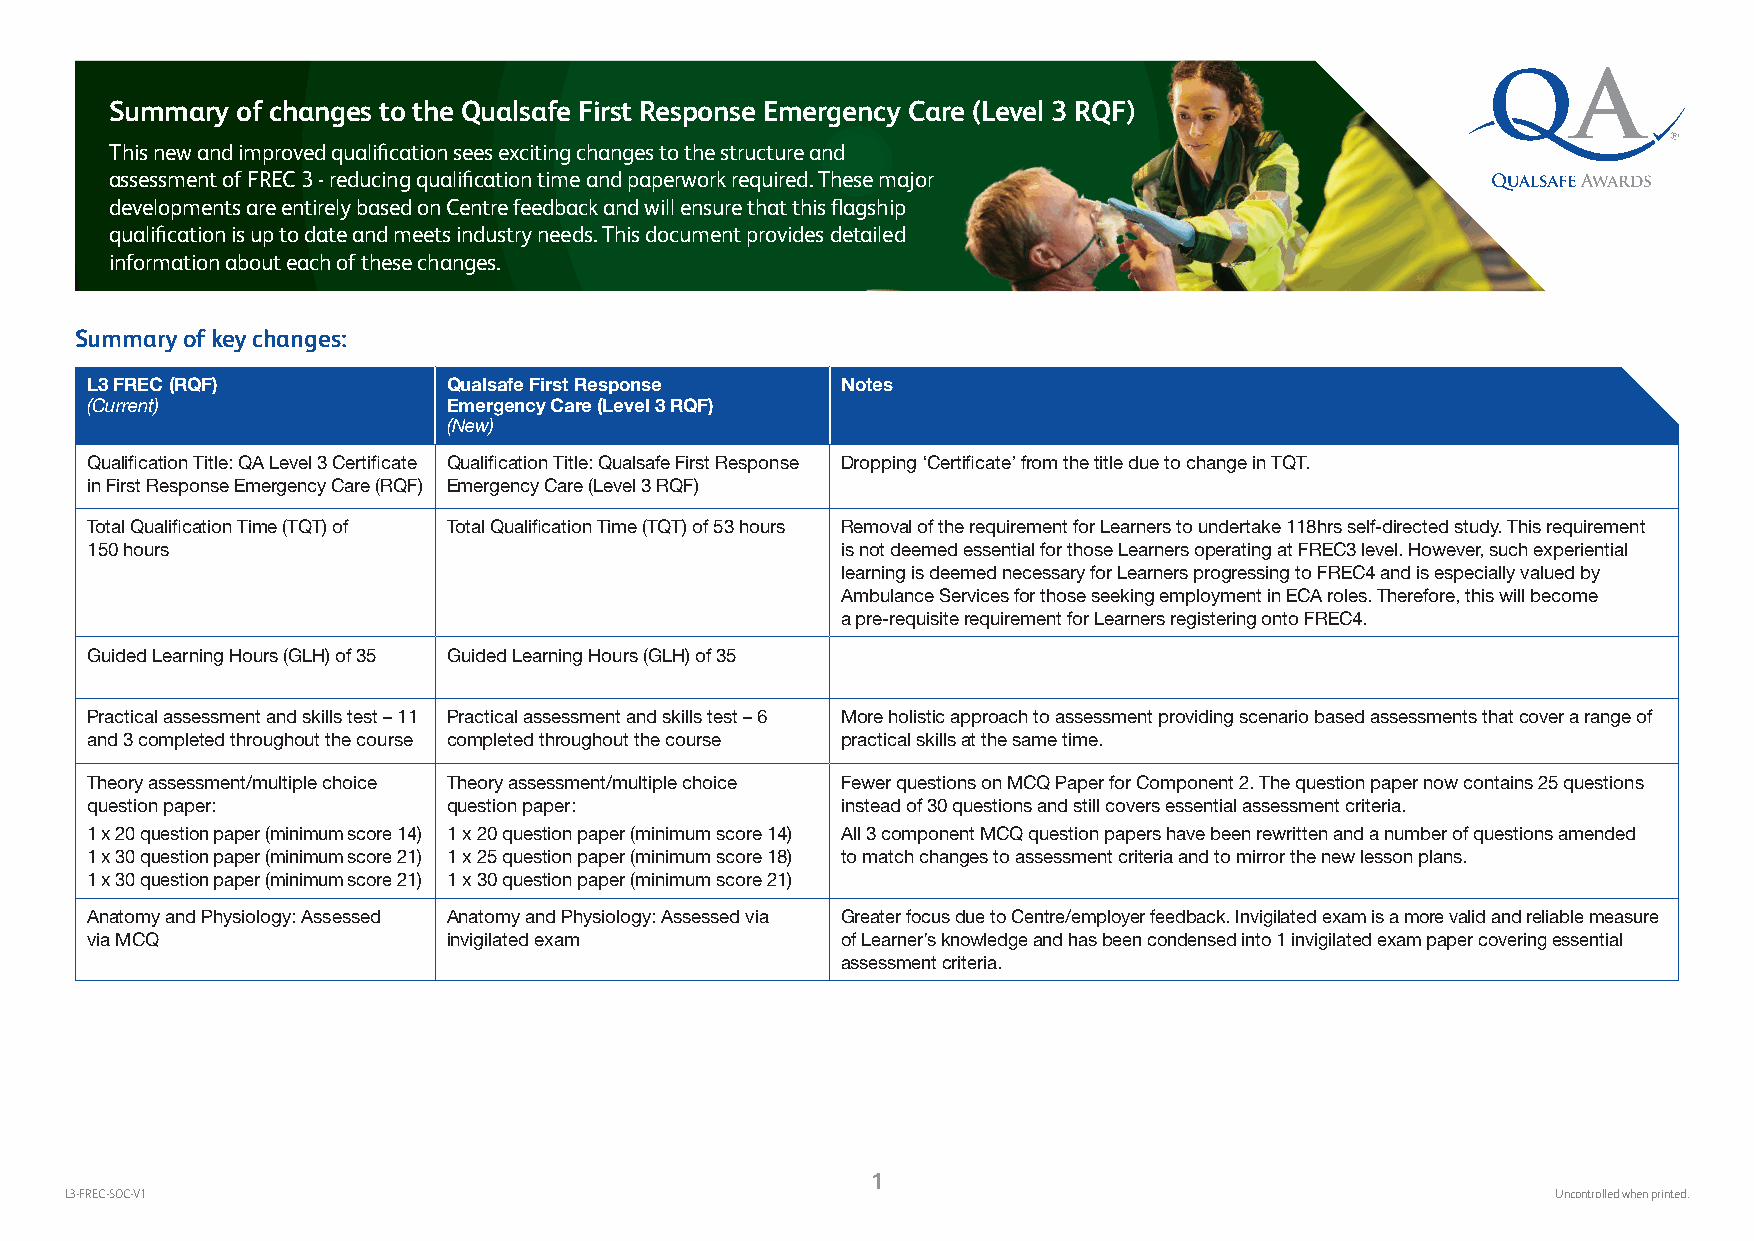
Summary  of changes to the Qualsafe First Response Emergency Care (Level 3 RQF)
 This new and improved qualification sees exciting changes to the structure and
 assessment of FREC 3 - reducing qualification time and paperwork required. These major
 developments are entirely based on Centre feedback and will ensure that this flagship
 qualification is up to date and meets industry needs. This document provides detailed
 information about each of these changes.
 Summary of key changes:
 L3 FREC (RQF)           Qualsafe First Response   Notes
 (Current)               Emergency Care (Level 3 RQF)
 (New)
 Qualification Title: QA Level 3 Certificate Qualification Title: Qualsafe First Response Dropping ‘Certificate’ from the title due to change in TQT.
 in First Response Emergency Care (RQF) Emergency Care (Level 3 RQF)
 Total Qualification Time (TQT) of Total Qualification Time (TQT) of 53 hours Removal of the requirement for Learners to undertake 118hrs self-directed study. This requirement
 150 hours                                         is not deemed essential for those Learners operating at FREC3 level. However, such experiential
 learning is deemed necessary for Learners progressing to FREC4 and is especially valued by
 Ambulance Services for those seeking employment in ECA roles. Therefore, this will become
 a pre-requisite requirement for Learners registering onto FREC4.
 Guided Learning Hours (GLH) of 35 Guided Learning Hours (GLH) of 35
 Practical assessment and skills test – 11 Practical assessment and skills test – 6 More holistic approach to assessment providing scenario based assessments that cover a range of
 and 3 completed throughout the course completed throughout the course practical skills at the same time.
 Theory assessment/multiple choice Theory assessment/multiple choice Fewer questions on MCQ Paper for Component 2. The question paper now contains 25 questions
 question paper:         question paper:           instead of 30 questions and still covers essential assessment criteria.
 1 x 20 question paper (minimum score 14) 1 x 20 question paper (minimum score 14) All 3 component MCQ question papers have been rewritten and a number of questions amended
 1 x 30 question paper (minimum score 21) 1 x 25 question paper (minimum score 18) to match changes to assessment criteria and to mirror the new lesson plans.
 1 x 30 question paper (minimum score 21) 1 x 30 question paper (minimum score 21)
 Anatomy and Physiology: Assessed Anatomy and Physiology: Assessed via Greater focus due to Centre/employer feedback. Invigilated exam is a more valid and reliable measure
 via MCQ                 invigilated exam          of Learner’s knowledge and has been condensed into 1 invigilated exam paper covering essential
 assessment criteria.
 1
 L3-FREC-SOC-V1                                                                                     Uncontrolled when printed.